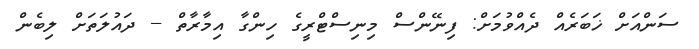
ސަންއަށް ޚަބަރެއް ދެއްވުމަށް: ފިނޭންސް މިިނިސްޓްރީގެ ހިންގާ އިމާރާތް -- ދައުލަތަށް ލިބެން